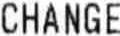
CHANGE